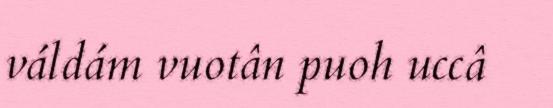
váldám vuotân puoh uccâ